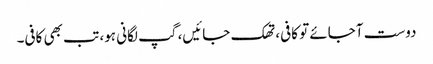
دوست آجائے تو کافی، تھک جائیں، گپ لگانی ہو، تب بھی کافی۔